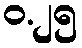
ဝ.၂၅